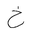
Letter: _kha